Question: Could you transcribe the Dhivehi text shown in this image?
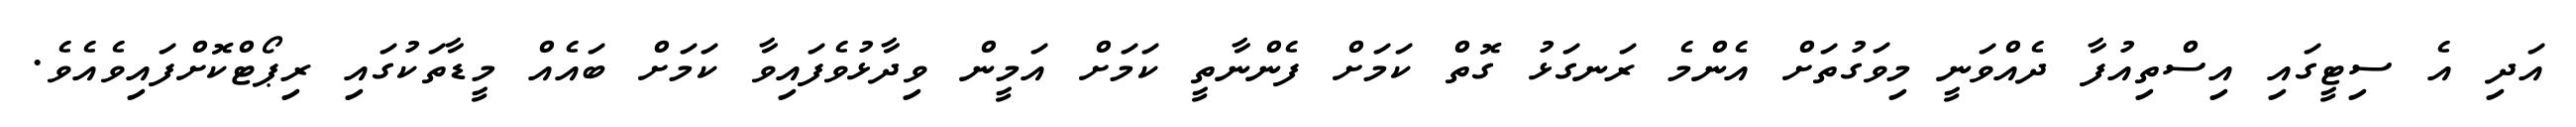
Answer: އަދި އެ ސިޓީގައި އިސްތިއުފާ ދެއްވަނީ މިވަގުތަށް އެންމެ ރަނގަޅު ގޮތް ކަމަށް ފެންނާތީ ކަމަށް އަމީން ވިދާޅުވެފައިވާ ކަމަށް ބައެއް މީޑާތަކުގައި ރިޕޯޓްކޮށްފައިވެއެވެ.